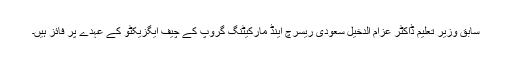
سابق وزیر تعلیم ڈاکٹر عزام الدخیل سعودی ریسرچ اینڈ مارکیٹنگ گروپ کے چیف ایگزیکٹو کے عہدے پر فائز ہیں۔